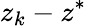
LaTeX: z_{k}-z^{*}